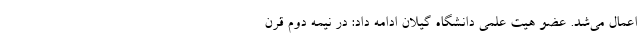
اعمال می‌شد. عضو هیت علمی دانشگاه گیلان ادامه داد: در نیمه دوم قرن